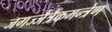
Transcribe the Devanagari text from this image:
जगज्जैत्रैकमन्त्रेण